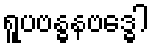
ရူပဗန္ဓနဗဒ္ဓေါ